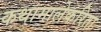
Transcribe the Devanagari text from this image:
कथामालेकरिता